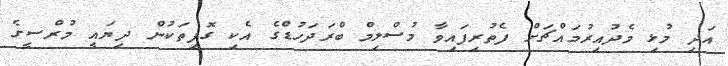
އަދި މުޅި މެދުއިރުމައްޗަށް ފެތުރިފައިވާ މުސްލިމް ބްރަދަހުޑްގެ އެކި ގޮފިތަކުން ދިޔައީ މުރްސީގެ